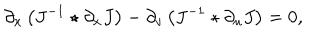
\partial _ { x } \left( J ^ { - 1 } \star \partial _ { x } J \right) - \partial _ { v } \left( J ^ { - 1 } \star \partial _ { u } J \right) = 0 ,